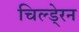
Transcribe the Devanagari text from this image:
चिल्डे्रन